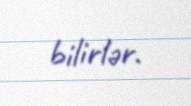
bilirlər.